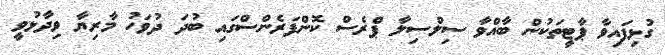
ގުޅިފައިވާ ޕާޓީތަކުން ބާއްވާ ސިލްސިލާ ޕްރެސް ކޮންފަރެންސްގައި ބުދަ ދުވަހު މާރިޔާ ވިދާޅުވީ